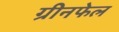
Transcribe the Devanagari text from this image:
ग्रीनफेल